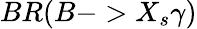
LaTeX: BR(B->X_{s}\gamma)